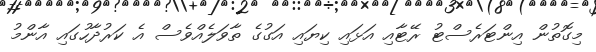
މިގޮތުން އިންޓަރެސްޓު ރޭޓާއި އަޅައި ކިޔައި އަގުގެ ތާވަލެއްވެސް އެ ކަރުދާހުގައި އާންމު